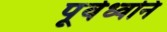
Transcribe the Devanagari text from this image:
पूर्वध्वनि